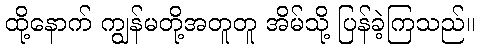
ထို့နောက် ကျွန်မတို့အတူတူ အိမ်သို့ ပြန်ခဲ့ကြသည်။